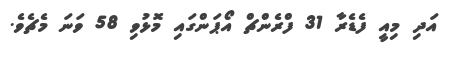
އަދި މިއީ ފެޑެރާ 31 ފްރެންޗް އޯޕަންގައި މޮޅުވި 58 ވަނަ މެޗެވެ.